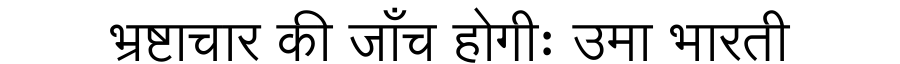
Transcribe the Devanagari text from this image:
भ्रष्टाचार की जाँच होगीः उमा भारती